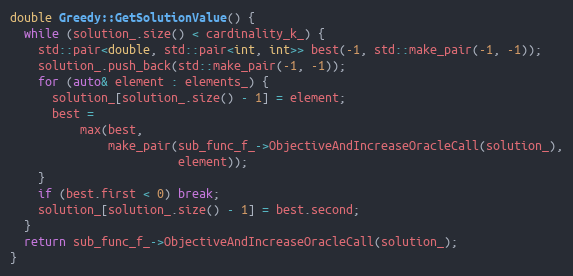
Language: C++
double Greedy::GetSolutionValue() {
  while (solution_.size() < cardinality_k_) {
    std::pair<double, std::pair<int, int>> best(-1, std::make_pair(-1, -1));
    solution_.push_back(std::make_pair(-1, -1));
    for (auto& element : elements_) {
      solution_[solution_.size() - 1] = element;
      best =
          max(best,
              make_pair(sub_func_f_->ObjectiveAndIncreaseOracleCall(solution_),
                        element));
    }
    if (best.first < 0) break;
    solution_[solution_.size() - 1] = best.second;
  }
  return sub_func_f_->ObjectiveAndIncreaseOracleCall(solution_);
}